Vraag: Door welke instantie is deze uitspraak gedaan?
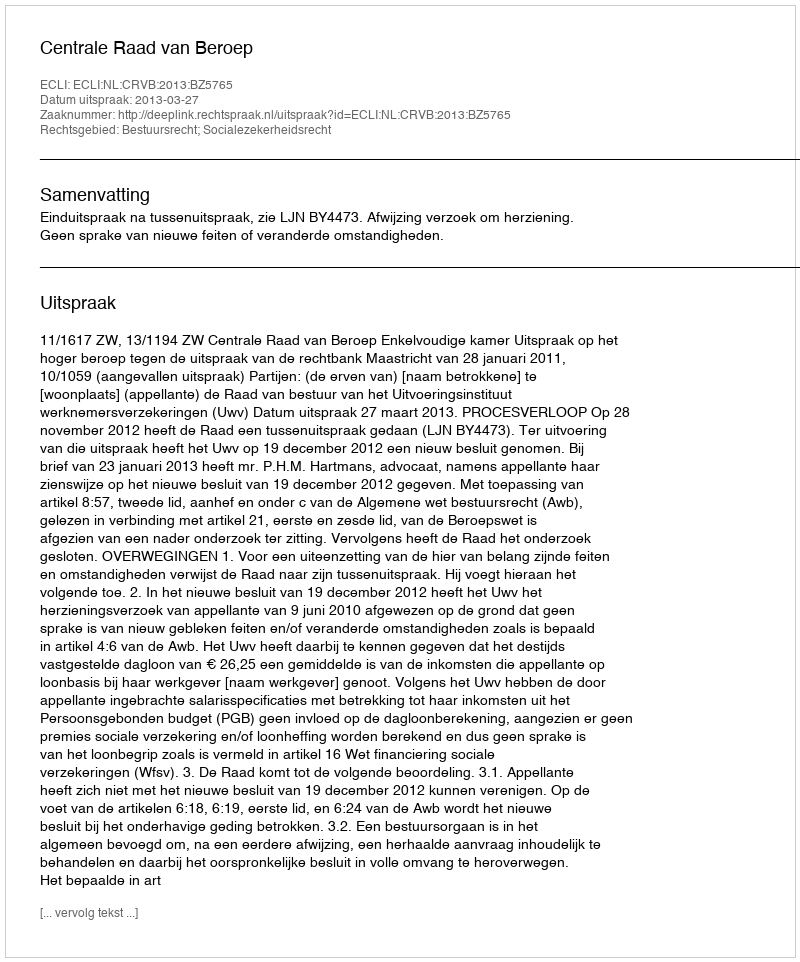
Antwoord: Centrale Raad van Beroep